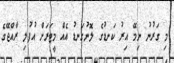
މި ގަރުނު ނިމޭ އިރު ކަނޑުގެ ލޮނުގަނޑު އެއް މީޓަރަށް އުފުލި ރާއްޖޭގެ